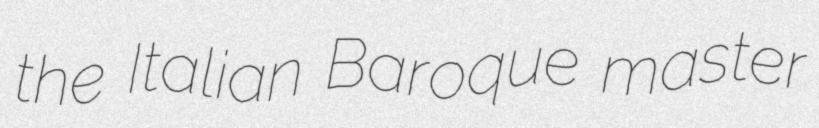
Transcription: the Italian Baroque master